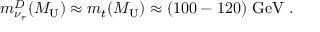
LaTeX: m _ { \nu _ { \tau } } ^ { D } ( M _ { \mathrm { U } } ) \approx m _ { t } ( M _ { \mathrm { U } } ) \approx ( 1 0 0 - 1 2 0 ) ~ \mathrm { G e V } ~ .